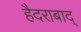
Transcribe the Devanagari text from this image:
हैदराबाद्